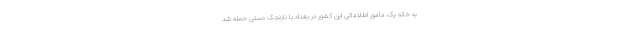
به خانه یک مامور اطلاعاتی این کشور در بغداد با نارنجک دستی حمله شد